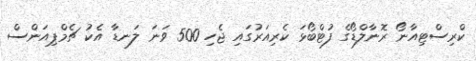
ކްރިސްޓިއާނޯ ރޮނާލްޑޯގެ ފުޓްބޯޅަ ކެރިއަރުގައި ޖެހި 500 ވަނަ ލަނޑާ އެކު ޗެމްޕިއަންސް